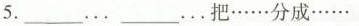
5.____…。_____…把……分成……